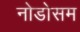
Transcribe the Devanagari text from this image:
नोडोसम